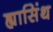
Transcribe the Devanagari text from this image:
ह्यासिंथ